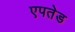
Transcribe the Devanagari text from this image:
एपतेड